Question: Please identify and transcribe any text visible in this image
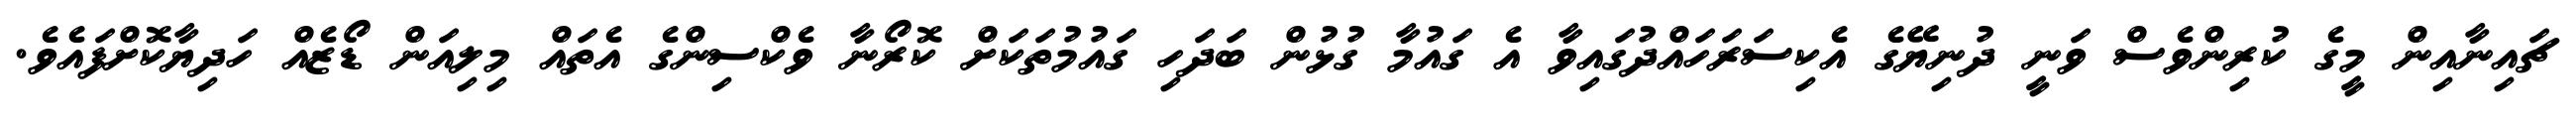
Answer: ޗައިނާއިން މީގެ ކުރިންވެސް ވަނީ ދުނިޔޭގެ އެކިސަރަހައްދުގައިވާ އެ ގައުމާ ގުޅުން ބަދަހި ގައުމުތަކަށް ކޮރޯނާ ވެކްސިންގެ އެތައް މިލިއަން ޑޯޒެއް ހަދިޔާކޮށްފައެވެ.